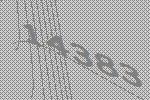
14383